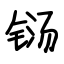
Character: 铴